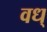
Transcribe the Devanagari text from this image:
वध्